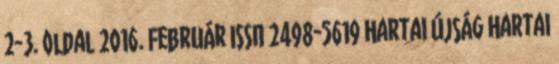
2-3. oldal 2016. Február ISSN 2498-5619 Hartai Újság Hartai